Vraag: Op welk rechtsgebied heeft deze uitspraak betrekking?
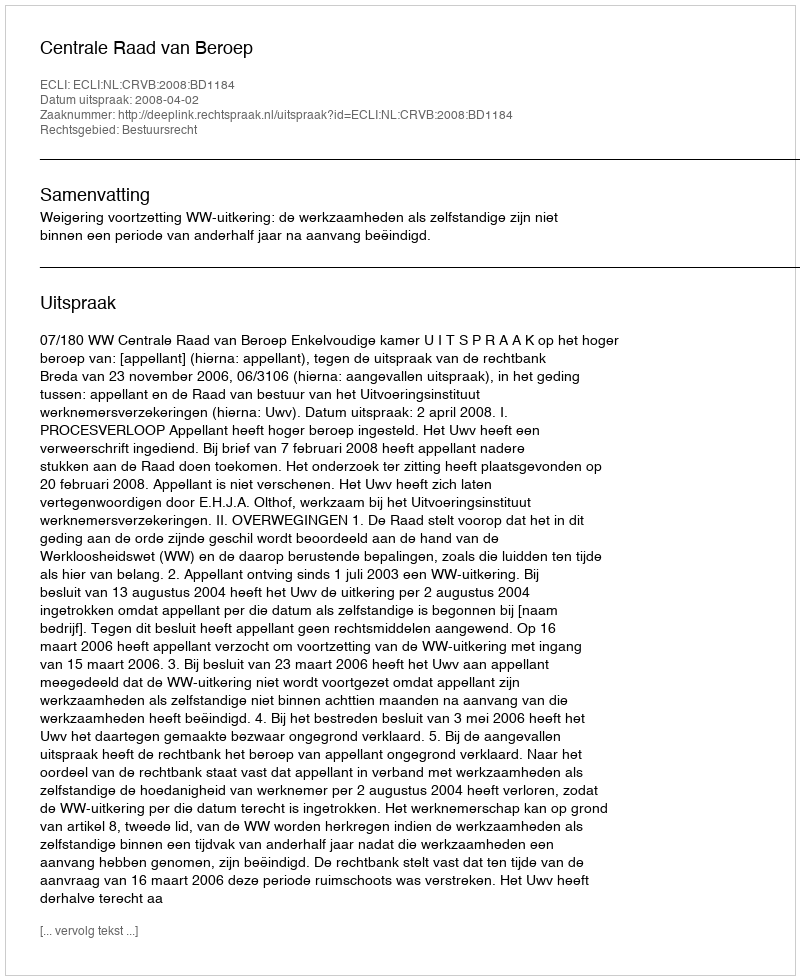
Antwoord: Bestuursrecht